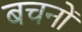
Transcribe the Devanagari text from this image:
बचनों